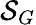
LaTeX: \mathcal{S}_{G}